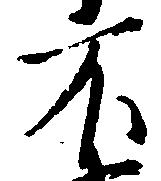
不